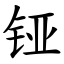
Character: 铔